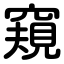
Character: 窺